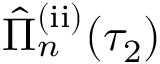
\hat { \Pi } _ { n } ^ { \mathrm { ( i i ) } } ( \tau _ { 2 } )